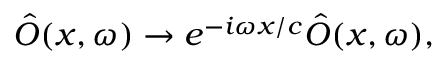
\hat { O } ( x , \omega ) \to e ^ { - i \omega x / c } \hat { O } ( x , \omega ) ,